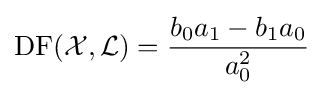
\operatorname {DF} ({\mathcal {X}},{\mathcal {L}})={\frac {b_{0}a_{1}-b_{1}a_{0}}{a_{0}^{2}}}